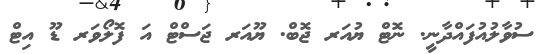
ސުވާލުއުފައްދާނީ. ނޮޓް ޔުއަރ ޖޮބް. ޔޫއަރ ޖަސްޓް އަ ފޮލޯވަރ ޑޫ އިޓް